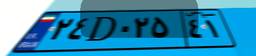
۲۴D۰۲۵۴۱